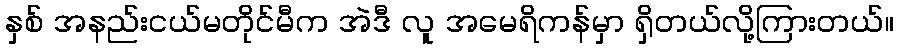
နှစ် အနည်းငယ်မတိုင်မီက အဲဒီ လူ အမေရိကန်မှာ ရှိတယ်လို့ကြားတယ်။